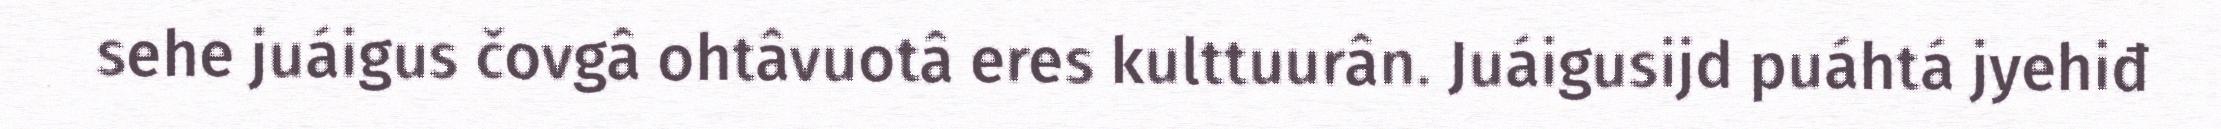
sehe juáigus čovgâ ohtâvuotâ eres kulttuurân. Juáigusijd puáhtá jyehiđ